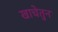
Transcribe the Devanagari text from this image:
खाचेतुन